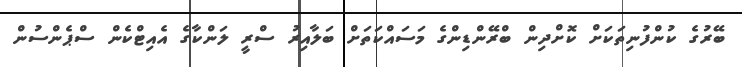
ބޭރުގެ ކުންފުނިތަކަށް ކޮށްދިން ބްރޭންޑިންގެ މަސައްކަތަށް ބަލާއިރު ސްރީ ލަންކާގެ އެއިޓްކެން ސްޕެންސުން